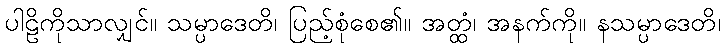
ပါဠိကိုသာလျှင်။ သမ္ပာဒေတိ၊ ပြည့်စုံစေ၏။ အတ္ထံ၊ အနက်ကို။ နသမ္ပာဒေတိ၊